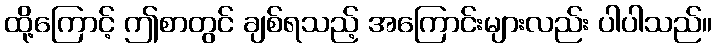
ထို့ကြောင့် ဤစာတွင် ချစ်ရသည့် အကြောင်းများလည်း ပါပါသည်။